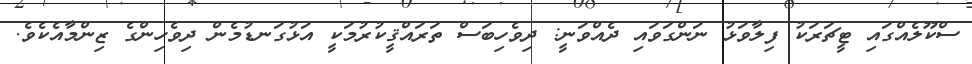
ސްކޫލެއްގައި ޓީޗަރަކު ފިލާވަޅު ނަންގަވައި ދެއްވަނީ: ދިވެހިބަސް ތަރައްޤީކުރުމަކީ އަޅުގަނޑުމެން ދިވެހިންގެ ޒިންމާއެކެވެ.